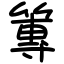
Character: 篿